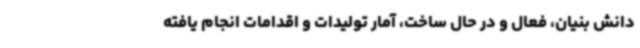
دانش بنیان، فعال و در حال ساخت، آمار تولیدات و اقدامات انجام یافته